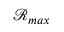
\mathcal { R } _ { m a x }